Document type: Sale
Year: 1435
Scribe: Pere Soler
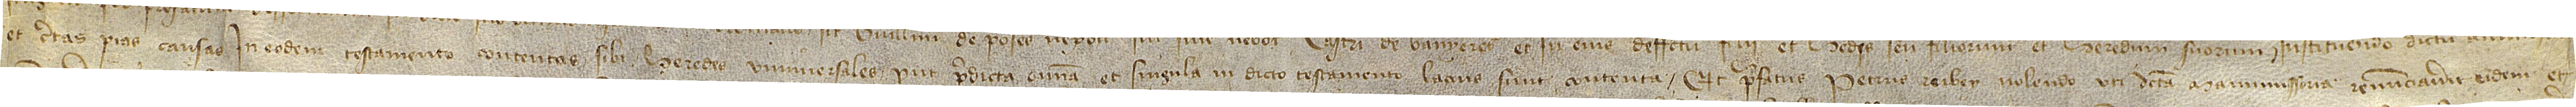
et certas pias causas in eodem testamento contentas sibi heredes universales, prout predicta omnia et singula in dicto testamento lacius sunt contenta. Et prefatus Petrus Rubey nolendo uti dicta manumissoria renunciaverit eidem et